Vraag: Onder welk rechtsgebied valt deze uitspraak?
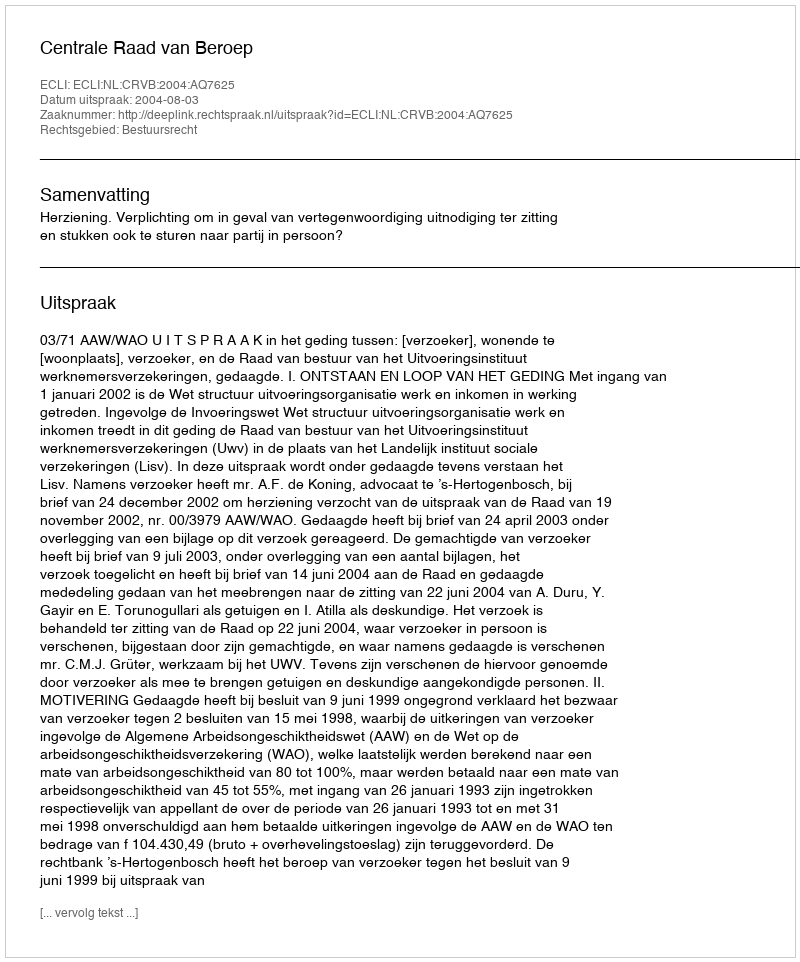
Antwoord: Bestuursrecht